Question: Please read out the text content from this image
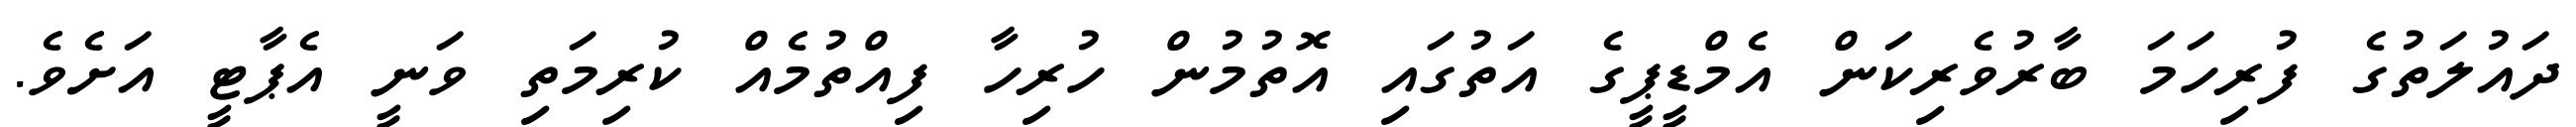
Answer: ދައުލަތުގެ ފުރިހަމަ ބާރުވެރިކަން އެމްޑީޕީގެ އަތުގައި އޮތުމުން ހުރިހާ ފިއްތުމެއް ކުރިމަތި ވަނީ އެޕާޓީ އަށެވެ.